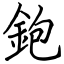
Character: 鉋